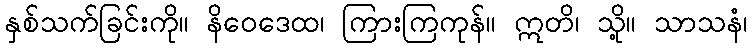
နှစ်သက်ခြင်းကို။ နိဝေဒေထ၊ ကြားကြကုန်။ ဣတိ၊ သို့။ သာသနံ၊